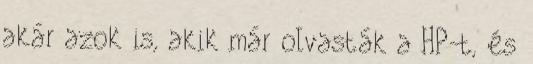
akár azok is, akik már olvasták a HP-t, és